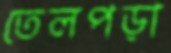
তেলপড়া